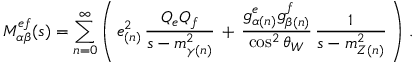
M _ { \alpha \beta } ^ { e f } ( s ) = \sum _ { n = 0 } ^ { \infty } \left( \, e _ { ( n ) } ^ { 2 } \, \frac { Q _ { e } Q _ { f } } { s - m _ { \gamma ( n ) } ^ { 2 } } \, + \, \frac { g _ { \alpha ( n ) } ^ { e } g _ { \beta ( n ) } ^ { f } } { \cos ^ { 2 } \theta _ { W } } \, \frac { 1 } { s - m _ { Z ( n ) } ^ { 2 } } \, \right) \, .